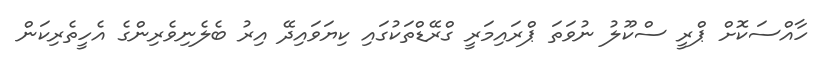
ހާއްސަކޮށް ޕްރީ ސްކޫލު ނުވަތަ ޕްރައިމަރީ ގްރޭޑްތަކުގައި ކިޔަވައިދޭ އިރު ބެލެނިވެރިންގެ އެހީތެރިކަން